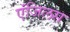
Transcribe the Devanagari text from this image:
एंजिलस